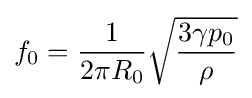
f_{0}={1 \over 2\pi R_{0}}{\sqrt {3\gamma p_{0} \over \rho }}